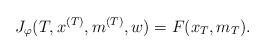
LaTeX: \begin{align*}& J_{\varphi}(T,x^{(T)},m^{(T)},w)=F(x_T,m_T).\end{align*}